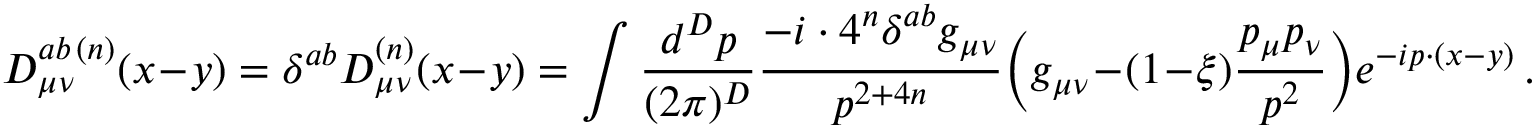
D _ { \mu \nu } ^ { a b \, ( n ) } ( x - y ) = \delta ^ { a b } D _ { \mu \nu } ^ { ( n ) } ( x - y ) = \int \frac { d ^ { D } p } { ( 2 \pi ) ^ { D } } \frac { - i \cdot 4 ^ { n } \delta ^ { a b } g _ { \mu \nu } } { p ^ { 2 + 4 n } } \bigg ( g _ { \mu \nu } - ( 1 - \xi ) \frac { p _ { \mu } p _ { \nu } } { p ^ { 2 } } \bigg ) e ^ { - i p \cdot ( x - y ) } \, .